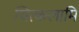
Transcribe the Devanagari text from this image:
चित्कलामिं